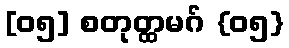
[၀၅] စတုတ္ထမဂ် {၀၅}